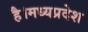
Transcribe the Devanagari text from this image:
है।मध्यप्रदेश